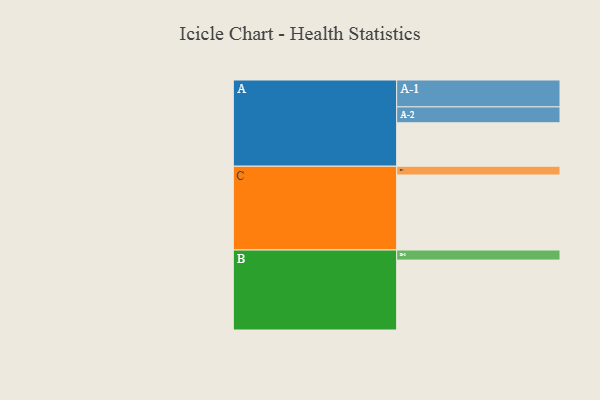
{"axis": {"x": "Segment", "y": "Value"}, "legend": ["", "A", "B", "C"], "data": [{"x": "A", "y": 341, "type": ""}, {"x": "B", "y": 549, "type": ""}, {"x": "C", "y": 589, "type": ""}, {"x": "A-1", "y": 211, "type": "A"}, {"x": "A-2", "y": 125, "type": "A"}, {"x": "B-1", "y": 79, "type": "B"}, {"x": "C-1", "y": 69, "type": "C"}]}